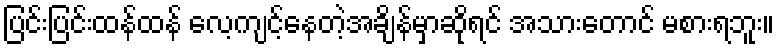
ပြင်းပြင်းထန်ထန် လေ့ကျင့်နေတဲ့အချိန်မှာဆိုရင် အသားတောင် မစားရဘူး။